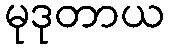
မုဒုတာယ